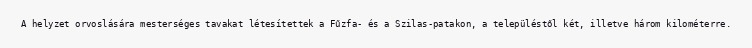
A helyzet orvoslására mesterséges tavakat létesítettek a Fűzfa- és a Szilas-patakon, a településtől két, illetve három kilométerre.